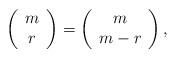
\begin{align*}\left( \begin{array}{c} m \\ r \end{array} \right) = \left( \begin{array}{c} m \\ m-r \end{array} \right),\end{align*}